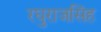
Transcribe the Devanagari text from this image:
रघुराजसिंह